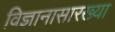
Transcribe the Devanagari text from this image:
विज्ञानासारख्या